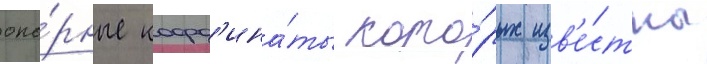
опо́рные коорд'ина́ты кото́рых изв'е́стны